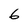
Character: 6